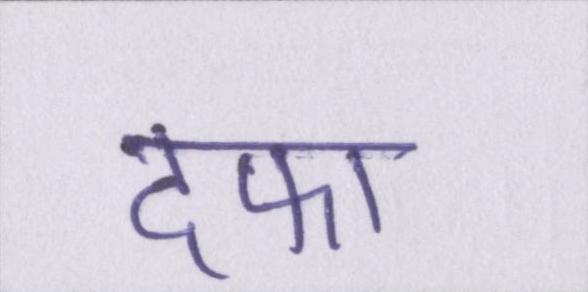
दफा